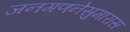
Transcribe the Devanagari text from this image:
जनगणनेसुमारास